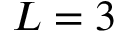
L = 3